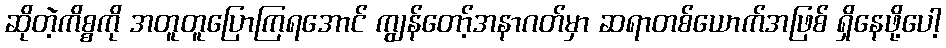
ဆိုတဲ့ကိစ္စကို အတူတူပြောကြရအောင် ကျွန်တော့်အနာဂတ်မှာ ဆရာတစ်ယောက်အဖြစ် ရှိနေဖို့ပေါ့